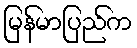
မြန်မာပြည်က